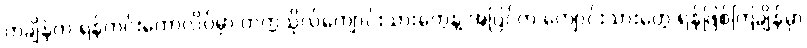
တချိန်က ရန်ကင်းကောလိပ်မှာ တက္ကသိုလ်ကျောင်းသားတွေနဲ့ အပြင်က ကျောင်းသားတွေ ရန်ဖြစ်ကြချိန်မှာ